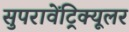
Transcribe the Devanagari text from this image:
सुपरावेंट्रिक्यूलर